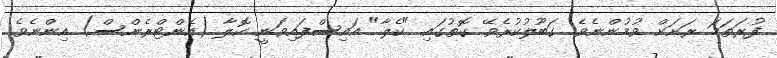
ފުރަތަމަ ރަށަށް ވުމުންނެވެ. ގަބޫލުކުރެވޭ ގޮތުގައި "ކެލާ" އައިސްފައިވަނީ ކޮލާ (އެންޓްރެންސް) އިންނެވެ.